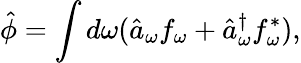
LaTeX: \hat{\phi}=\int d\omega(\hat{a}_{\omega}f_{\omega}+\hat{a}_{\omega}^{\dagger}f_{\omega}^{*}),